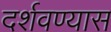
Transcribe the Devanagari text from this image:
दर्शवण्यास